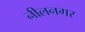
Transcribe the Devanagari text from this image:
नीलनगर